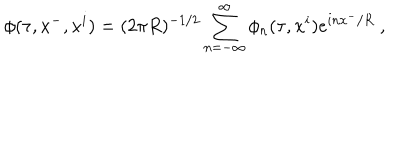
LaTeX: \phi ( \tau , x ^ { - } , x ^ { i } ) = ( 2 \pi R ) ^ { - 1 / 2 } \sum _ { n = - \infty } ^ { \infty } \phi _ { n } ( \tau , x ^ { i } ) e ^ { i n x ^ { - } / R } \ ,